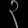
Digit: ၃